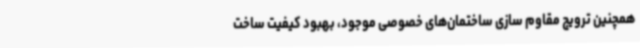
همچنین ترویج مقاوم سازی ساختمان‌های خصوصی موجود، بهبود کیفیت ساخت